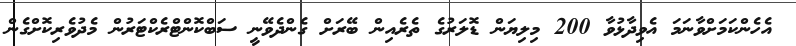
އެހެންކަމަށްވާނަމަ އެވިދާޅުވާ 200 މިލިޔަން ޑޮލަރުގެ ތެރެއިން ބޭރަށް ގެންދެވޭނީ ސަބްކޮންޓްރެކްޓަރުން މެދުވެރިކޮށްގެން